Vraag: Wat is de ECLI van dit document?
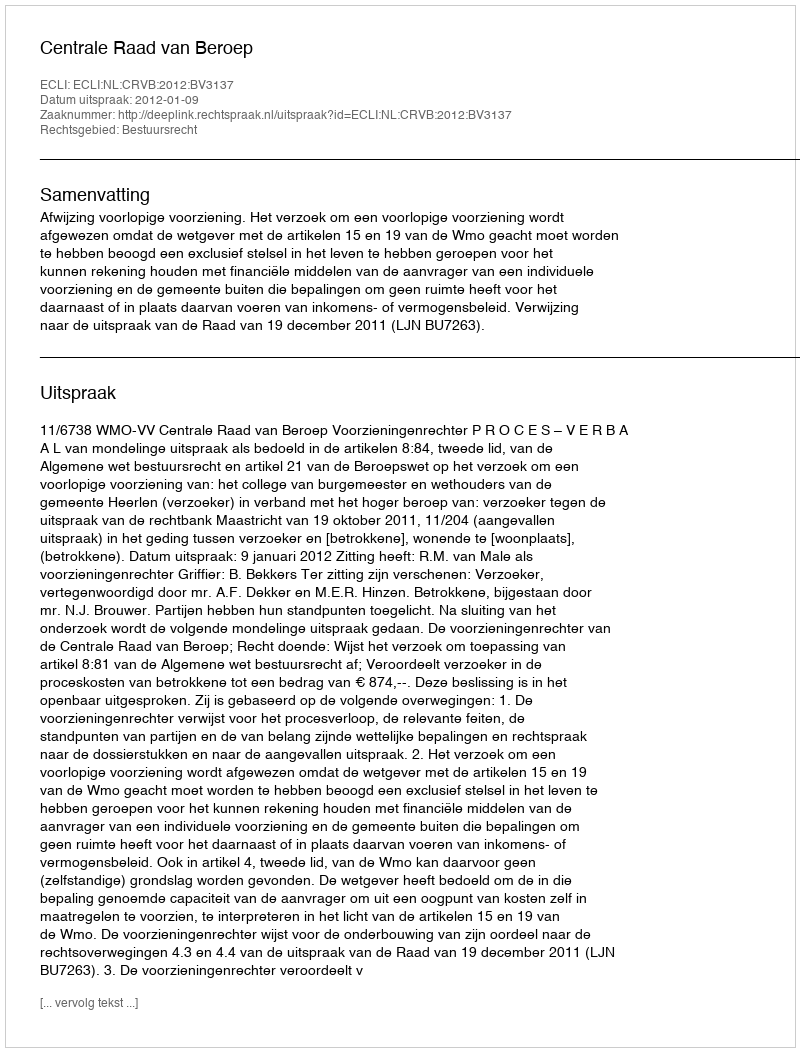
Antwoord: ECLI:NL:CRVB:2012:BV3137